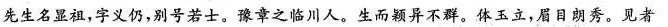
先生名显祖，字义仍，别号若士。豫章之临川人。生而颖异不群。体玉立，眉目朗秀。见者